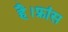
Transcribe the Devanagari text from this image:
है।फ्रांस